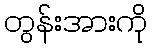
တွန်းအားကို